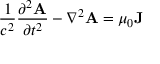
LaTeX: { \frac { 1 } { c ^ { 2 } } } { \frac { \partial ^ { 2 } \mathbf { A } } { \partial t ^ { 2 } } } - \nabla ^ { 2 } { \mathbf { A } } = \mu _ { 0 } \mathbf { J }